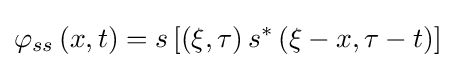
\varphi _{ss}\left(x,t\right)=s\left[\left(\xi ,\tau \right)s^{*}\left(\xi -x,\tau -t\right)\right]